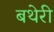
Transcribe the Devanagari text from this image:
बथेरी